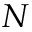
N